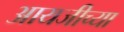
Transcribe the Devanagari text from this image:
आयजीच्या